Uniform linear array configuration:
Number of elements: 8
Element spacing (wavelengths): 1
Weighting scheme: cosine
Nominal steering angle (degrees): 60
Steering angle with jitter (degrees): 58.301
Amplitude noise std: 0.05
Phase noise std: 0.05

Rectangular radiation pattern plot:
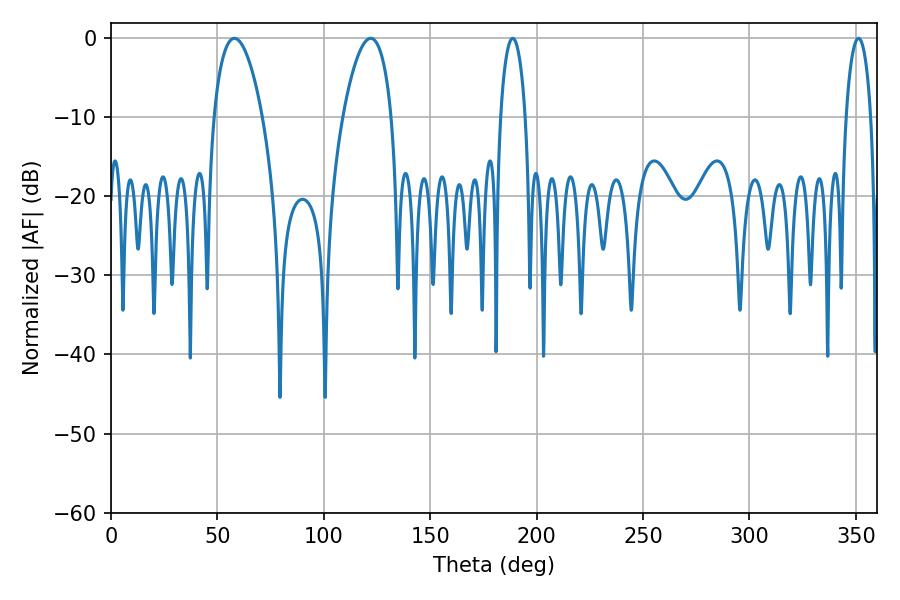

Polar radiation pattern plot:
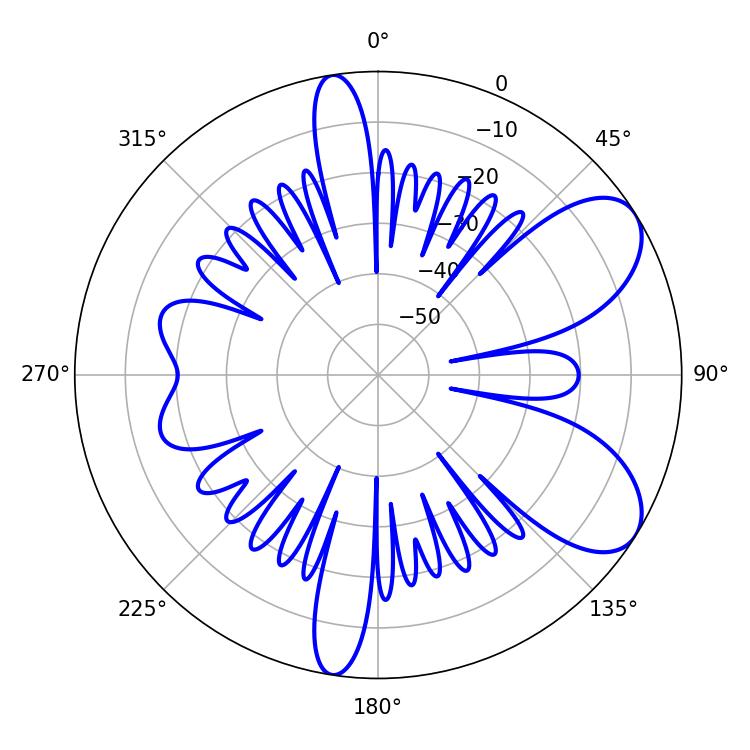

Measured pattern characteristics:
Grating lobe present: TRUE
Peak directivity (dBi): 7.582
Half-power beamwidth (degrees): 12.78
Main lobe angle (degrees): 57.96